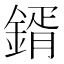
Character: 𮢦